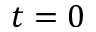
t = 0